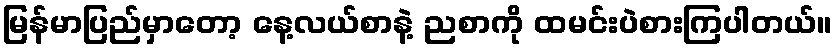
မြန်မာပြည်မှာတော့ နေ့လယ်စာနဲ့ ညစာကို ထမင်းပဲစားကြပါတယ်။